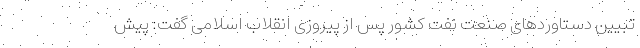
تبیین دستاوردهای صنعت نفت کشور پس از پیروزی انقلاب اسلامی گفت: پیش